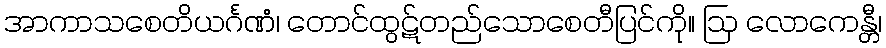
အာကာသစေတိယင်္ဂဏံ၊ တောင်ထွဋ်တည်သောစေတီပြင်ကို။ ဩ လောကေန္တီ၊